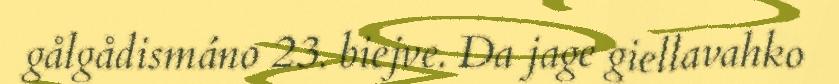
gålgådismáno 23. biejve. Da jage giellavahko